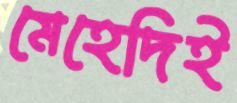
মেহেদিই